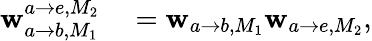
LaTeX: \begin{array}{rl}{\mathbf{w}_{a\rightarrow b,M_{1}}^{a\rightarrow e,M_{2}}}&{{}=\mathbf{w}_{a\rightarrow b,M_{1}}\mathbf{w}_{a\rightarrow e,M_{2}},}\end{array}